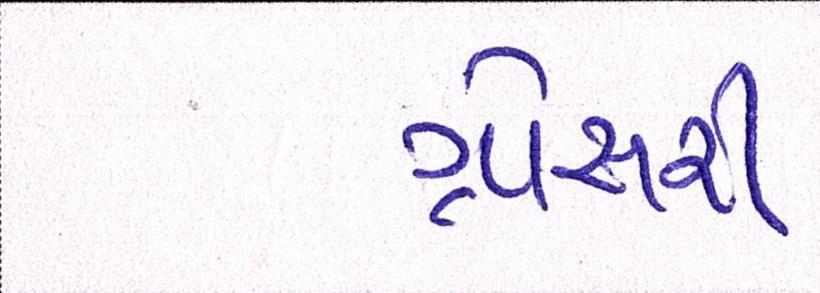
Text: ગ્રોસરી